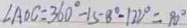
\angle A O C = 3 6 0 ^ { \circ } - 1 5 8 ^ { \circ } - 1 2 2 ^ { \circ } = 9 0 ^ { \circ }